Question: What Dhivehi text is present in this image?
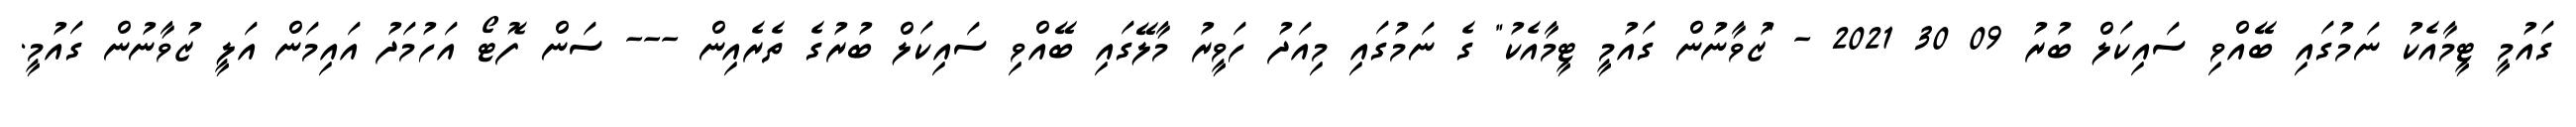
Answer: ގައުމީ ޓީމާއެކު ނަމުގައި ބޭއްވި ސައިކަލް ބުރު 09 30 2021 - "ޒުވާނުން ގައުމީ ޓީމާއެކު" ގެ ނަމުގައި މިއަދު ހަވީރު މާލޭގައި ބޭއްވި ސައިކަލް ބުރުގެ ތެރެއިން --- ސަން ފޮޓޯ އަހުމަދު އައިމަން އަލީ ޒުވާނުން ގައުމީ.